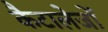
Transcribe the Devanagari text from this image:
कैटालेजों